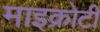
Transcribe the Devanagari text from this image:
माइक्रोटी